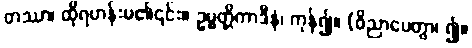
တဿာ၊ ထိုရဟန်းမ၏၎င်း။ ဥမ္မတ္တိကာဒီနံ၊ ကုန်၍။ (ဝိညာပေတွာ၊ ၍။